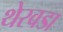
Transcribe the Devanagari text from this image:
थेरवडा